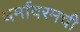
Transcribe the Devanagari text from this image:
धर्मावरमची